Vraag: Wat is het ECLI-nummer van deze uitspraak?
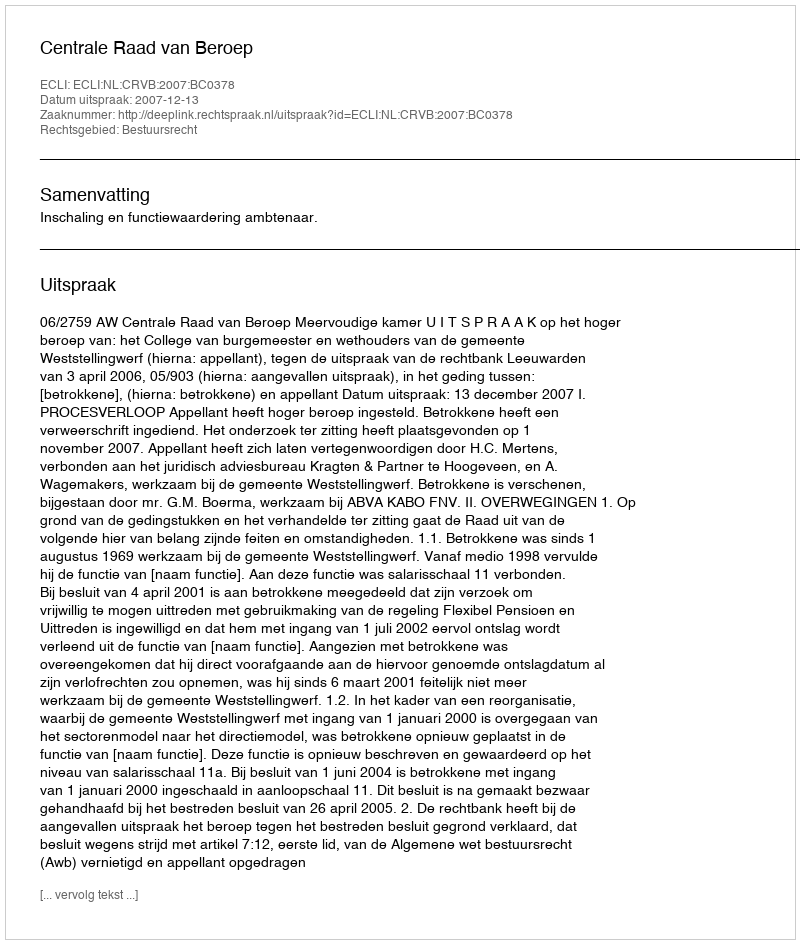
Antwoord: ECLI:NL:CRVB:2007:BC0378